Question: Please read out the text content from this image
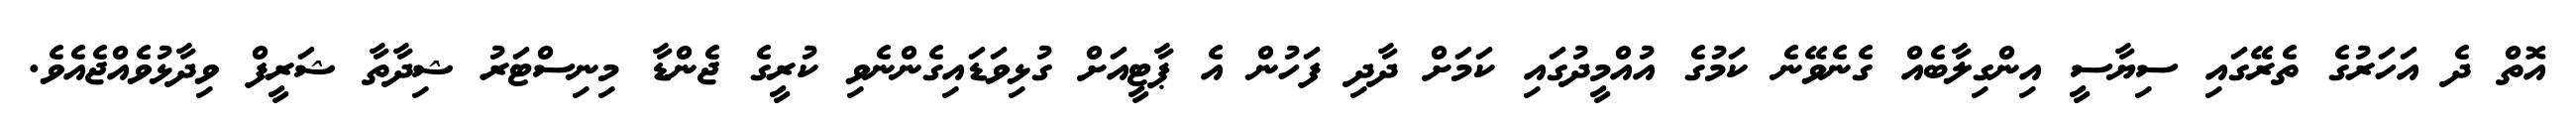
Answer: އޮތް ދެ އަހަރުގެ ތެރޭގައި ސިޔާސީ އިންގިލާބެއް ގެނެވޭނެ ކަމުގެ އުއްމީދުގައި ކަމަށް ދާދި ފަހުން އެ ޕާޓީއަށް ގުޅިވަޑައިގެންނެވި ކުރީގެ ޖެންޑާ މިނިސްޓަރު ޝިދާތާ ޝަރީފް ވިދާޅުވެއްޖެއެވެ.